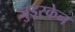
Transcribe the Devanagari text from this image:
जुड्स्केन